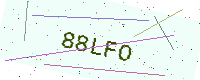
Text: 88LFO